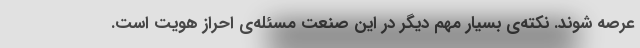
عرصه شوند. نکته‌ی بسیار مهم دیگر در این صنعت مسئله‌ی احراز هویت است.